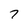
Character: 7